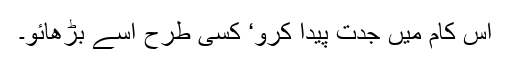
اس کام میں جدت پیدا کرو‘ کسی طرح اسے بڑھائو۔